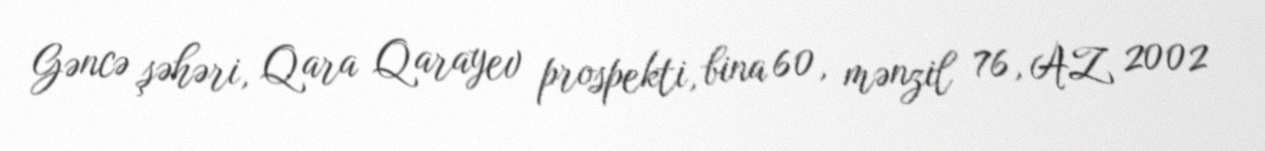
Gəncə şəhəri, Qara Qarayev prospekti, bina 60, mənzil 76, AZ 2002